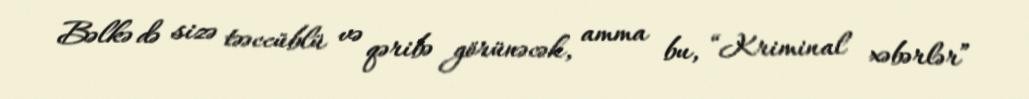
Bəlkə də sizə təəccüblü və qəribə görünəcək, amma bu, “Kriminal xəbərlər”